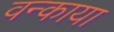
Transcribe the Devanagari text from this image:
वन्काया